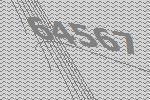
64567